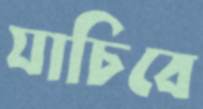
যাচিবে